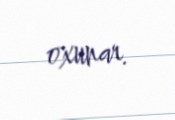
oxunar.